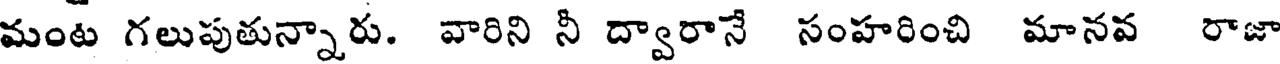
మంట గలుపుతున్నారు. వారిని నీ ద్వారానే సంహరించి మానవ రాజా